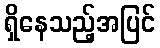
ရှိနေသည့်အပြင်